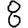
Digit: 8